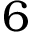
6